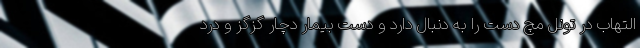
التهاب در تونل مچ دست را به دنبال دارد و دست بیمار دچار گزگز و درد